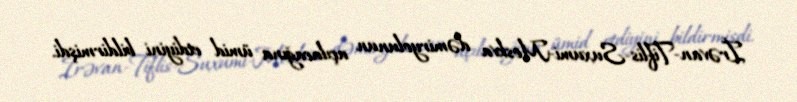
İrəvan-Tiflis-Suxumi-Moskva dəmiryolunun açılacağına ümid etdiyini bildirmişdi.